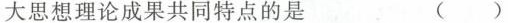
大思想理论成果共同特点的是 ( )